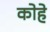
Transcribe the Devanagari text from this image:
कोहे